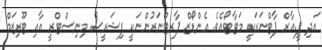
އަދި ޕީ.އާރް ޕާޓްނަރަކީ މަޓާޓޯއެވެ. އެންޑޯޒް ޕާރޓްނަރުންނަކީ ފިޝަރީސް މިނިސްޓްރީ އާއި ޓޫރިޒަމް